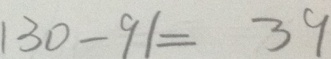
1 3 0 - 9 1 = 3 9